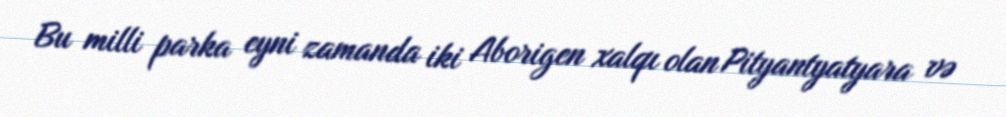
Bu milli parka eyni zamanda iki Aborigen xalqı olan Pityantyatyara və